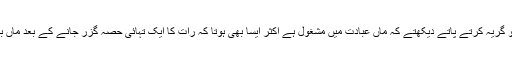
اکثر ایسا ہوتا کہ بچے رات کی تاریکی میں آپکو گریہ کرتے پاتے دیکھتے کہ ماں عبادت میں مشغول ہے اکثر ایسا بھی ہوتا کہ رات کا ایک تہائی حصہ گزر جانے کے بعد ماں بچوں کو نیند سے اٹھاتی کہ اب وقت عبادت ہے۔